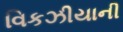
વિકઝીયાની